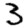
Digit: 3